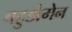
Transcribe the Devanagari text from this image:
बहुडोमेन